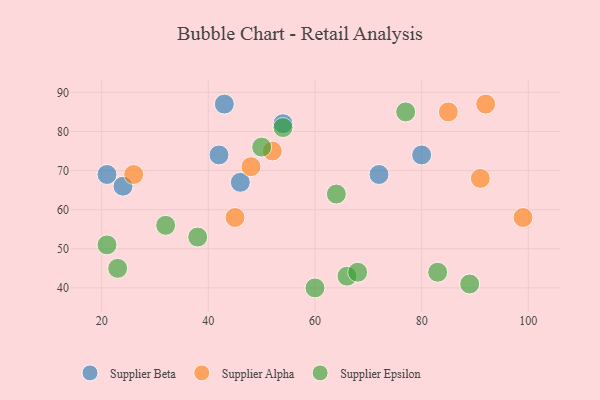
{"axis": {"x": "GDP", "y": "Life Expectancy"}, "legend": ["Supplier Alpha", "Supplier Beta", "Supplier Epsilon"], "data": [{"x": "80", "y": 74, "type": "Supplier Beta"}, {"x": "46", "y": 67, "type": "Supplier Beta"}, {"x": "24", "y": 66, "type": "Supplier Beta"}, {"x": "21", "y": 69, "type": "Supplier Beta"}, {"x": "43", "y": 87, "type": "Supplier Beta"}, {"x": "72", "y": 69, "type": "Supplier Beta"}, {"x": "54", "y": 82, "type": "Supplier Beta"}, {"x": "42", "y": 74, "type": "Supplier Beta"}, {"x": "45", "y": 58, "type": "Supplier Alpha"}, {"x": "99", "y": 58, "type": "Supplier Alpha"}, {"x": "52", "y": 75, "type": "Supplier Alpha"}, {"x": "92", "y": 87, "type": "Supplier Alpha"}, {"x": "26", "y": 69, "type": "Supplier Alpha"}, {"x": "48", "y": 71, "type": "Supplier Alpha"}, {"x": "91", "y": 68, "type": "Supplier Alpha"}, {"x": "85", "y": 85, "type": "Supplier Alpha"}, {"x": "50", "y": 76, "type": "Supplier Epsilon"}, {"x": "38", "y": 53, "type": "Supplier Epsilon"}, {"x": "23", "y": 45, "type": "Supplier Epsilon"}, {"x": "89", "y": 41, "type": "Supplier Epsilon"}, {"x": "64", "y": 64, "type": "Supplier Epsilon"}, {"x": "66", "y": 43, "type": "Supplier Epsilon"}, {"x": "21", "y": 51, "type": "Supplier Epsilon"}, {"x": "77", "y": 85, "type": "Supplier Epsilon"}, {"x": "68", "y": 44, "type": "Supplier Epsilon"}, {"x": "83", "y": 44, "type": "Supplier Epsilon"}, {"x": "60", "y": 40, "type": "Supplier Epsilon"}, {"x": "54", "y": 81, "type": "Supplier Epsilon"}, {"x": "32", "y": 56, "type": "Supplier Epsilon"}]}